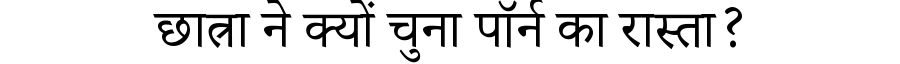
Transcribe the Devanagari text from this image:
छात्रा ने क्यों चुना पॉर्न का रास्ता?